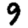
Digit: 9